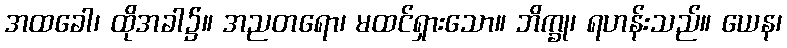
အထခေါ၊ ထိုအခါ၌။ အညတရော၊ မထင်ရှားသော။ ဘိက္ခု၊ ရဟန်းသည်။ ယေန၊